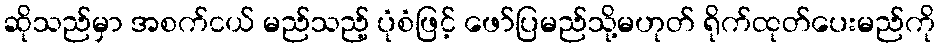
ဆိုသည်မှာ အစက်ငယ် မည်သည့် ပုံစံဖြင့် ဖော်ပြမည်သို့မဟုတ် ရိုက်ထုတ်ပေးမည်ကို